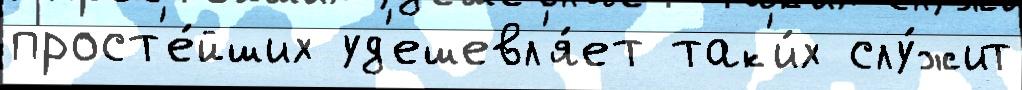
прост'е́йших уд'ешевл'я́ет так'и́х слу́жит